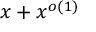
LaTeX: x + x ^ { o ( 1 ) }